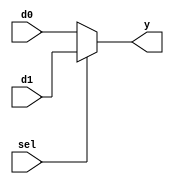
`timescale 1ns / 1ps

module mux(
		input d0,d1,sel,
		output y
);

assign y=(sel)?d1:d0;

endmodule